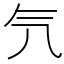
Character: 氕